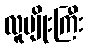
လူမျိုးကြီး